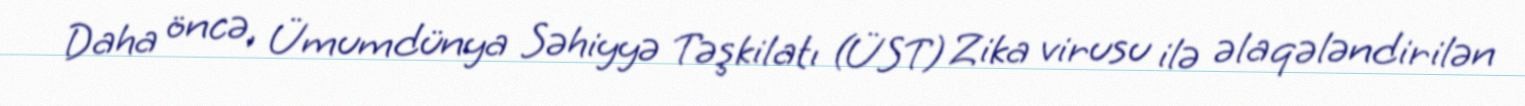
Daha öncə, Ümumdünya Səhiyyə Təşkilatı (ÜST) Zika virusu ilə əlaqələndirilən